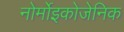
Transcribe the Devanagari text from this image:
नोर्मोइकोजेनिक